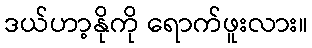
ဒယ်ဟာ့နိုကို ရောက်ဖူးလား။